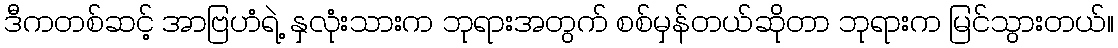
ဒီကတစ်ဆင့် အာဗြဟံရဲ့ နှလုံးသားက ဘုရားအတွက် စစ်မှန်တယ်ဆိုတာ ဘုရားက မြင်သွားတယ်။